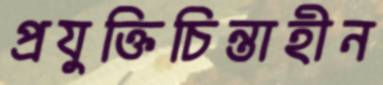
প্রযুক্তিচিন্তাহীন